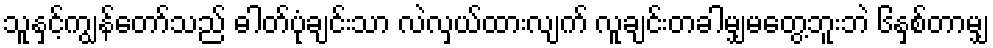
သူနှင့်ကျွန်တော်သည် ဓါတ်ပုံချင်းသာ လဲလှယ်ထားလျက် လူချင်းတခါမျှမတွေ့ဘူးဘဲ ၆နှစ်တာမျှ